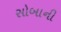
સોબાની